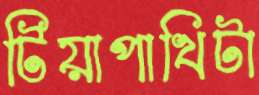
টিয়াপাখিটা